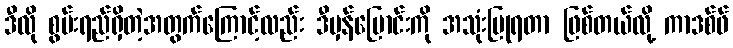
ဒီလို စွမ်းရည်ရှိတဲ့အတွက်ကြောင့်လည်း ဒီမှန်ပြောင်းကို အသုံးပြုရတာ ဖြစ်တယ်လို့ ကာဒစ်ဖ်